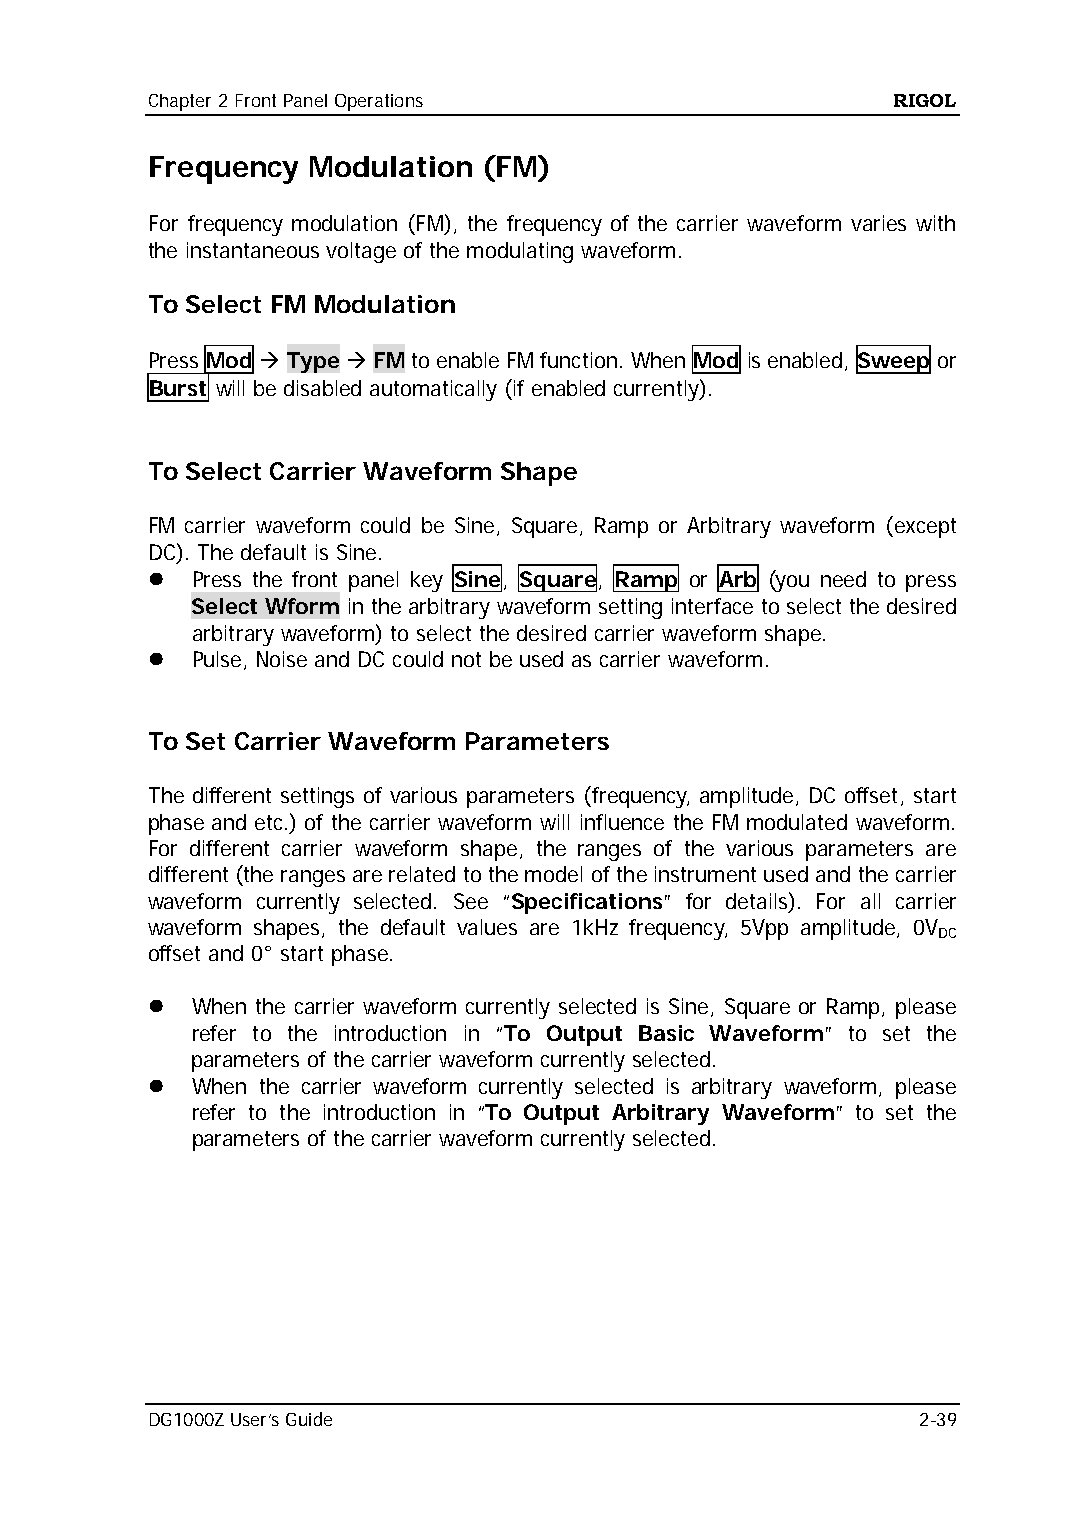
Chapter 2 Front Panel Operations                 RIGOL
 Frequency Modulation  (FM)
 For frequency modulation (FM), the frequency of the carrier waveform varies with
 the instantaneous voltage of the modulating waveform.
 To Select FM Modulation
 Press Mod  Type  FM to enable FM function. When Mod is enabled, Sweep or
 Burst will be disabled automatically (if enabled currently).
 To Select Carrier Waveform Shape
 FM carrier waveform could be Sine, Square, Ramp or Arbitrary waveform (except
 DC). The default is Sine.
   Press the front panel key Sine, Square, Ramp or Arb (you need to press
 Select Wform in the arbitrary waveform setting interface to select the desired
 arbitrary waveform) to select the desired carrier waveform shape.
   Pulse, Noise and DC could not be used as carrier waveform.
 To Set Carrier Waveform Parameters
 The different settings of various parameters (frequency, amplitude, DC offset, start
 phase and etc.) of the carrier waveform will influence the FM modulated waveform.
 For different carrier waveform shape, the ranges of the various parameters are
 different (the ranges are related to the model of the instrument used and the carrier
 waveform currently selected. See “Specifications” for details). For all carrier
 waveform shapes, the default values are 1kHz frequency, 5Vpp amplitude, 0V
 DC
 offset and 0° start phase.
   When the carrier waveform currently selected is Sine, Square or Ramp, please
 refer to the introduction in “To Output Basic Waveform” to set the
 parameters of the carrier waveform currently selected.
   When the carrier waveform currently selected is arbitrary waveform, please
 refer to the introduction in “To Output Arbitrary Waveform” to set the
 parameters of the carrier waveform currently selected.
 DG1000Z User’s Guide                               2-39